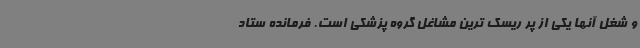
و شغل آنها یکی از پر ریسک ترین مشاغل گروه پزشکی است. فرمانده ستاد